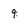
Character: 9